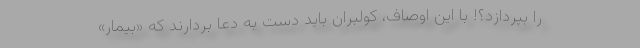
را بپردازد؟! با این اوصاف، کولبران باید دست به دعا بردارند که «بیمار»